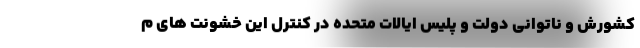
کشورش و ناتوانی دولت و پلیس ایالات متحده در کنترل این خشونت های م